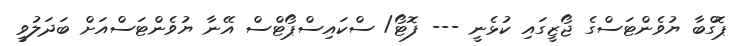
ޕޮގްބާ ޔުވެންޓަސްގެ ޖޯޒީގައި ކުޅެނީ --- ފޮޓޯ/ ސްކައިސްޕޯޓްސް އޭނާ ޔުވެންޓަސްއަށް ބަދަލުވީ